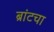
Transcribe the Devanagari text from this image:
ब्रांटचा